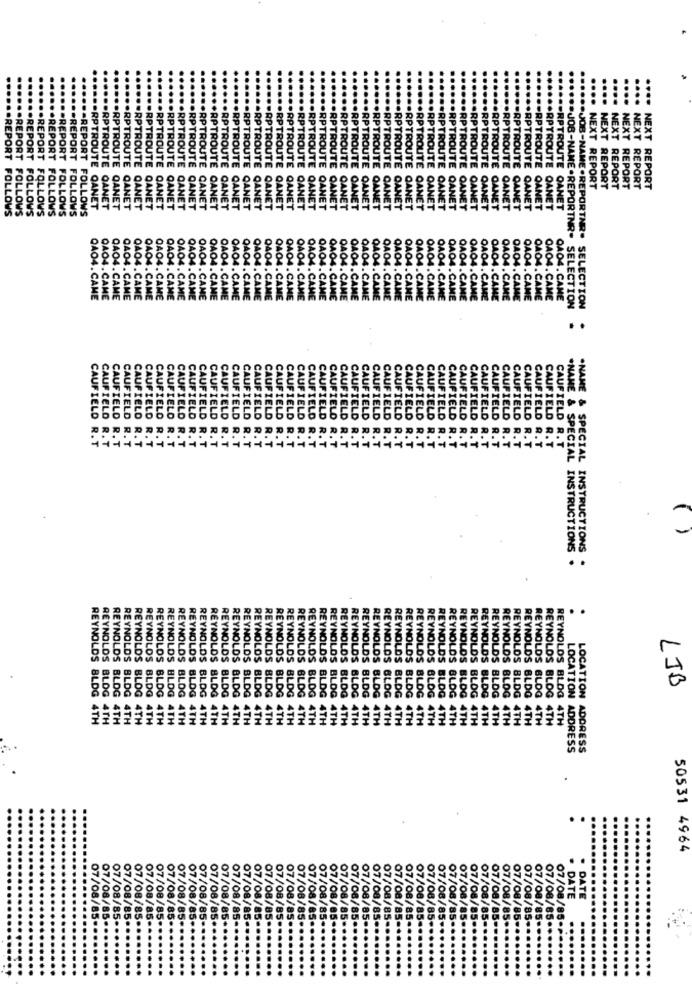
.REPO
.REPO
NEXT
NEXT
NEXT
RPTROUTE
RPTROUTE
RPTROUTE
RPTROUTE
RPTROUTE
RPTROUTE
.RPTROUTE
.RPTROUTE
RPTROUTE
RPTROUTE
.RPTROUTE
RPTROUTE
.RPTROUTE
.RPTROUTE
RPTROUTE
.RPTROUTE
RPTROUTE
RPTROUTE
RPTROUTE
RPTROUTE
RPTROUTE
RPTROUTE
RPTROUTE
.RPTROUTE
NEXT REPORT
REPORT
REPORT
REPORT
REPORT
**** NEXT REPORT
.RPTROUTE OANE
FOLLOWS
FOLLOWS
OWS
FOLLOWS
LOWs
FOLLOWS
OWS
QANET
OANET
OANET
QANET
CANET
CANET
CANET
CANET
.RPTROUTE CANET
.RPTROUTE CANET
CANET
RPTROUTE CANET
CANET
CANET
CANET
QANET
TAPTROUTE CANET
CANET
QANET
QANET
OANET
QANET
OANET
RPTROUTE CANET
QANET
RPTROUTE CANET
CANET
OANET
RPTROUTE OANET
OANET
RPTROUTE CANET
RPTROUTE OANET
CANET
RPTROUTE CANET
RPTROUTE OANET
OANET
RPTROUTE QANET
RPTROUTE OANET
RPTROUTE CANET
OANET
RPTROUTE QANET
CANET
.RPTROUTE OANET
CANET
CANET
OANET
OANET
.. RPTROUTE OANET
.. JOB-NAME .REPORTNR.
.JOB-NAME .REPORTAR.
OA
OA
DA
OA
OA
04
OA
OA
040
040-
OAO4.
CA
CAM
CAME
OAO4.CA
QAO4. CAME
QAO4.CAME
QAO4.CAME
0404. CAME
QAO4 . CAME
OAO4 . CAME
OAO4. CAME
34- CAME
OAO4 . CAME
CAME
QAO4. CAME
OAO4. CAME
OAO4. CAME
OAO4.CAME
OAO4. CAME
14.CAME
CAME
M.CAME
OAO4. CAME
DAO4. CAME
OAO4 CAME
OAO4 . CAME
OAO4. CAME
OAO4. CAME
OAO4 .CAME
OAO4.CAME
0404.CAME
0404.CAME
OAO4.CAME
OAO4. CAME
OA04. CAME
SELECTION
SELECTION
OAO4.CAME
..
.NAME
CAUFIELD
CAUFIELD
CAUFIELD
CAUFIELD
CAUFIELD
CAUFIELD
CAUFIELD
CAUFIELD
CAUFIELD
CAUFIELD
CAUFIELD
CAUFIELD
CAUFIELD
CAUFIELD
CAUFIELD
CAUFIELD
CAUFIELD
CAUFIELD
CAUFIELD
CAUFIELD
CAUFIELD
CAUFIELD
CAUFIELD
CAUFIELD
CAUFIELD
CAUFIELD
CAUFIELD
CAUFIELD
CAUFIELD
CAUFIELD
CAUFIELD
CAUFIELD
CAUFIELD
CAUFIELD
CAUFIELD
CAUFIELD
CAUFIELD
CAUFIELD
CAUFIELD
CAUFIELD
CAUFIELD
CAUFIELD
CAUFIELD
CAUFIELD R. T
.NAME & SPECIAL INSTRUCTIONS
SPECIAL INSTRUCTIONS
. .
ZEY
YINC
YNO
REYNOLDS
REYNOLDS
YNOLDS
EYNOLDS
YNOLDS
OS
DS
EYNOLDS
S
DS
LJB
BLDG
REYNOLDS BLOG
BLDG
EYNOLDS BLDG
BLDG
BLOG
BLOG
YNOLDS BLOG
ILD
BLDG
BLDG
REYNOLDS BLDG
REYNOLDS BLDG
REYNOLDS BLDG
LOS BLOG
LOS BLDG
OS BLOG
DS BLDG
BLDG
EYNOLDS BLDG
EYNOLDS BLDG
EYNOLDS BLDG
BLOG
LOS BLDG
LOS BLOG
LOS BLDG
DS BLDG
BLOG
LDO
BLOG
REYNOLDS BLOG
LOCATION
REYNOLDS BLDG 4T
REYNOLDS BLDG 4TH
REYNOLDS BLDG 4TH
4TH
REYNOLDS BLOG 4TH
4TH
4TH
BLDG 4TH
4T
REYNOLDS BLDG 4TH
REYNOLDS BLDG 4TH
REYNOLDS BLDG 4TH
REYNOLDS BLDG 4TH
REYNOLDS BLDG 4TH
4TH
YNOLDS BLDG 4TH
ADDRESS
LOCATION ADDRESS
50531 4964
07
07/
07/
07/
07/08/85
07/08/85
07/08/85
07/08/85.
07/08/85-
07/08/85
07/08/85-
07/08/85
07/08/85
07/08/85.
07/08/85*
07/08/85-
1/85.
07/08/85.
07/08/85 -*